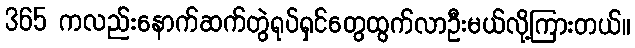
365 ကလည်းနောက်ဆက်တွဲရုပ်ရှင်တွေထွက်လာဦးမယ်လို့ကြားတယ်။